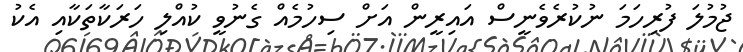
ޖުމުލަ ފުރިހަމަ ނުކުރެވެނީސް އައިރީން އަށް ސިހުމެއް ގެނުވީ ކުއްލި ހަރަކާތަކާއި އެކު